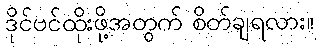
ဒိုင်ဗင်ထိုးဖို့အတွက် စိတ်ချရလား။